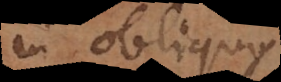
in obliquo,